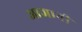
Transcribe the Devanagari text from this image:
आज्ञानी